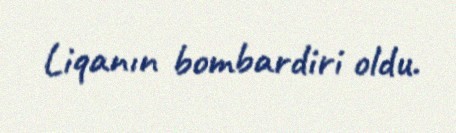
Liqanın bombardiri oldu.